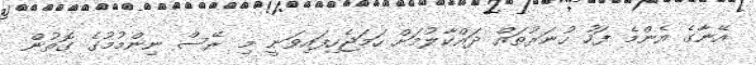
އޭނާގެ އެންމެ ފަހު ހުނަރުތައް ދައްކާލުމަށް ހަމަޖެހިފައިވަނީ މި ރޭސް ނިންމުމުގެ ގޮތުން